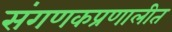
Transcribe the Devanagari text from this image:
संगणकप्रणालीत